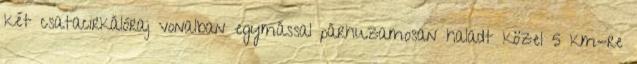
két csatacirkálóraj vonalban egymással párhuzamosan haladt közel 5 km-re